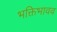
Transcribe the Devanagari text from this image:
भक्तिभावव